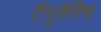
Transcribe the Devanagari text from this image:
टैंगुलैरिस